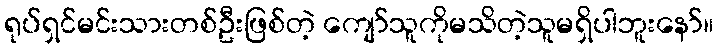
ရုပ်ရှင်မင်းသားတစ်ဦးဖြစ်တဲ့ ကျော်သူကိုမသိတဲ့သူမရှိပါဘူးနော်။